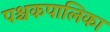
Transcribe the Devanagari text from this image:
पश्चकपालिका